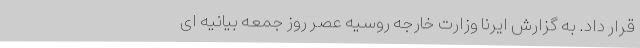
قرار داد. به گزارش ایرنا وزارت خارجه روسیه عصر روز جمعه بیانیه ای